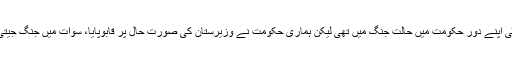
ان کا کہنا تھا کہ پیپلزپارٹی اپنے دور حکومت میں حالت جنگ میں تھی لیکن ہماری حکومت نے وزیرستان کی صورت حال پر قابوپایا، سوات میں جنگ جیتی،آئی ڈی پیز کو بحال کیا۔